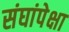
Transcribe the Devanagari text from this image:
संघांपेक्षा